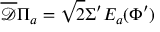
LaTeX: \overline { { { \mathcal D } } } \Pi _ { a } = \sqrt 2 \Sigma ^ { \prime } E _ { a } ( \Phi ^ { \prime } )